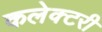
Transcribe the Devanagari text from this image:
कलेक्टरी